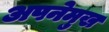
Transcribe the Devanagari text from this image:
अपनेमुख